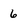
Character: 6